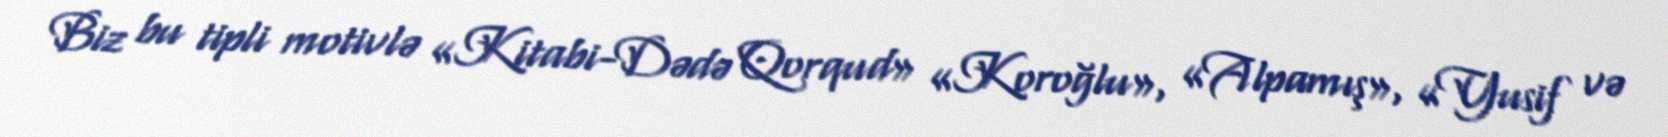
Biz bu tipli motivlə «Kitabi-Dədə Qorqud» «Koroğlu», «Alpamış», «Yusif və